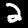
Digit: 2